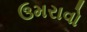
ઉમરાવો